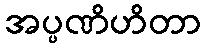
အပ္ပဏိဟိတာ